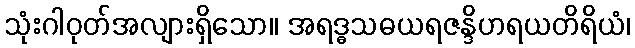
သုံးဂါဝုတ်အလျားရှိသော။ အရဒ္ဓသဓယရဇန္ဒိဟရယတိရိယံ၊